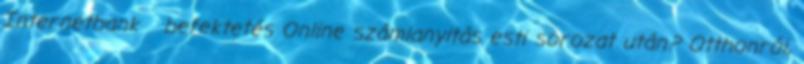
Internetbank befektetés Online számlanyitás esti sorozat után? Otthonról,